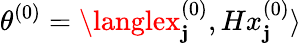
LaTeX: \theta^{(0)}=\langlex_{\mathbf{j}}^{(0)},Hx_{\mathbf{j}}^{(0)}\rangle